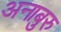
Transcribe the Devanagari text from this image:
अनाबुरु